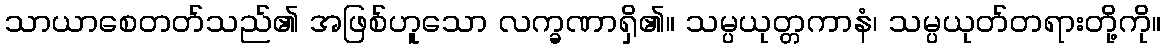
သာယာစေတတ်သည်၏ အဖြစ်ဟူသော လက္ခဏာရှိ၏။ သမ္ပယုတ္တကာနံ၊ သမ္ပယုတ်တရားတို့ကို။